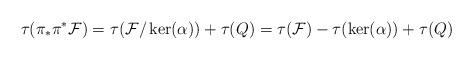
LaTeX: \begin{align*} \tau (\mathcal{\pi }_{\ast }\pi ^{\ast }\mathcal{F})=\tau (\mathcal{F}/\ker(\alpha ))+\tau (Q)=\tau (\mathcal{F})-\tau (\ker (\alpha ))+\tau (Q)\end{align*}